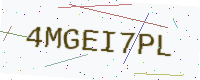
Text: 4MGEI7PL